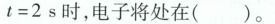
$$t = 2$$s时，电子将处在( )。